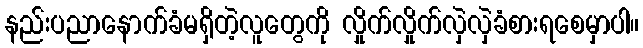
နည်းပညာနောက်ခံမရှိတဲ့လူတွေကို လှိုက်လှိုက်လှဲလှဲခံစားရစေမှာပါ။